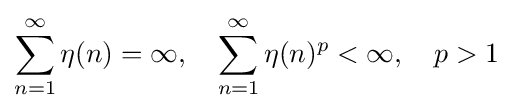
\sum _{n=1}^{\infty }\eta (n)=\infty ,~~~\sum _{n=1}^{\infty }\eta (n)^{p}<\infty ,~~~p>1